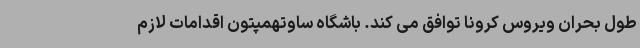
طول بحران ویروس کرونا توافق می کند. باشگاه ساوتهمپتون اقدامات لازم